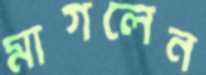
মাগলেন